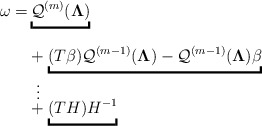
\begin{align*} \omega=&\underbracket{\mathcal Q^{(m)}(\boldsymbol{\Lambda})}_{}\\&+\underbracket{(T\beta)\mathcal Q^{(m-1)}(\boldsymbol{\Lambda})-\mathcal Q^{(m-1)}(\boldsymbol{\Lambda})\beta}_{}\\&\shortvdotswithin{+}&+ \underbracket{(TH)H^{-1}}_{}\end{align*}